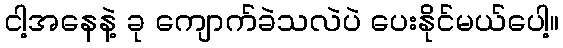
ငါ့အနေနဲ့ ခု ကျောက်ခဲသလဲပဲ ပေးနိုင်မယ်ပေါ့။